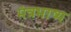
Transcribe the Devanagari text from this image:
मंत्रभाष्य